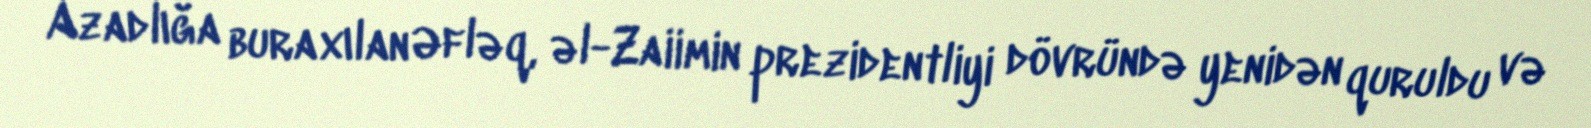
Azadlığa buraxılan Əfləq, əl-Zaiimin prezidentliyi dövründə yenidən quruldu və